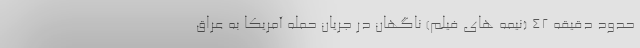
حدود دقیقه 42 (نیمه های فیلم) ناگهان در جریان حمله آمریکا به عراق